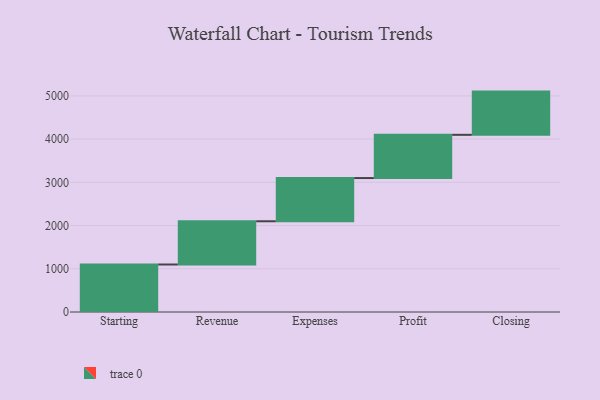
{"axis": {"x": "Step", "y": "Value"}, "legend": [""], "data": [{"x": "Starting", "y": 1099.0, "type": ""}, {"x": "Revenue", "y": 1000, "type": ""}, {"x": "Expenses", "y": 1000, "type": ""}, {"x": "Profit", "y": 1000, "type": ""}, {"x": "Closing", "y": 1000, "type": ""}]}